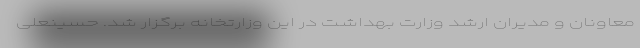
معاونان و مدیران ارشد وزارت بهداشت در این وزارتخانه برگزار شد. حسینعلی